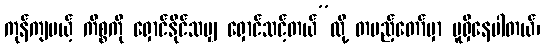
ကုန်ကျမယ့် ကိစ္စကို ရှောင်နိုင်သမျှ ရှောင်သင့်တယ်”လို့ တပည့်တော်မှာ မူရှိနေပါတယ်၊